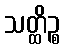
သတ္ထိဉ္စ